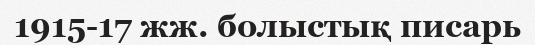
1915-17 жж. болыстық писарь